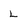
Character: L